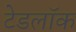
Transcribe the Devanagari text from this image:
टेडलॉक